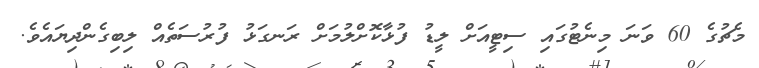
މެޗުގެ 60 ވަނަ މިނެޓުގައި ސިޓީއަށް ލީޑު ފުޅާކޮށްލުމަށް ރަނގަޅު ފުރުސަތެއް ލިބިގެންދިޔައެވެ.